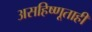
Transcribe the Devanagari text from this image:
असहिष्णूताही